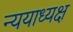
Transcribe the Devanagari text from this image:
न्ययाध्यक्ष